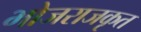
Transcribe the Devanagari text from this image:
भोजराजकृत